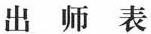
出师表